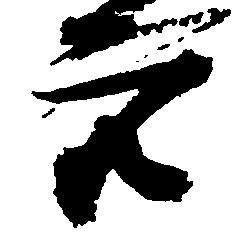
衆